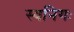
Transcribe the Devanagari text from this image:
स्वनिगः